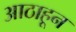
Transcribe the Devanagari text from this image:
आठाहून